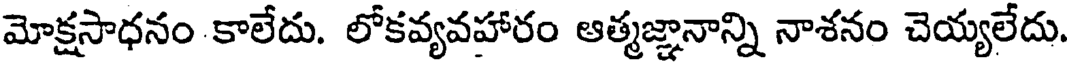
మోక్షసాధనం కాలేదు. లోకవ్యవహారం ఆత్మజ్ఞానాన్ని నాశనం చెయ్యలేదు.